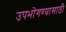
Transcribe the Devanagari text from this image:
उपभोगण्यासाठी